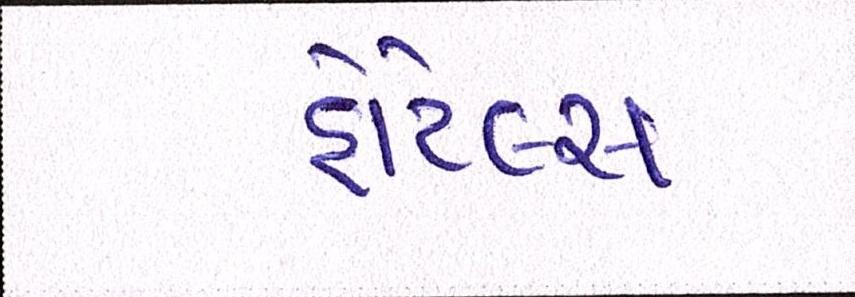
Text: હોટેલ્સ